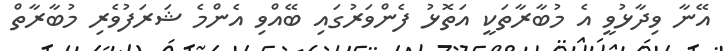
އޭނާ ވިދާޅުވީ އެ މުބާރާތަކީ އަތޮޅު ފެންވަރުގައި ބޭއްވި އެންމެ ޝަރަފުވެރި މުބާރާތް